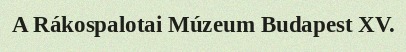
A Rákospalotai Múzeum Budapest XV.